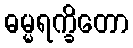
ဓမ္မရက္ခိတော